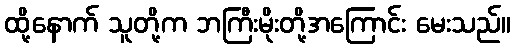
ထို့နောက် သူတို့က ဘကြီးမိုးတို့အကြောင်း မေးသည်။